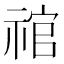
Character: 𰨉